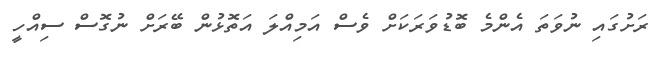
ރަށުގައި ނުވަތަ އެންމެ ބޮޑުވަރަކަށް ވެސް އަމިއްލަ އަތޮޅުން ބޭރަށް ނުގޮސް ސިއްހީ